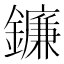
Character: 鐮